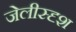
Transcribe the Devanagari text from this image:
जेलीस्दृश